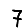
Digit: 7